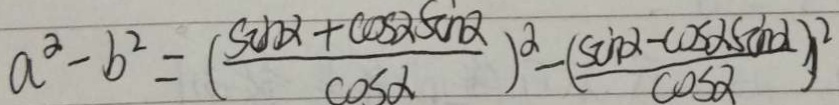
a ^ { 2 } - b ^ { 2 } = ( \frac { \sin \alpha + \cos \alpha \sin \alpha } { \cos \alpha } ) ^ { 2 } - ( \frac { \sin \alpha - \cos \alpha \sin \alpha ) } { \cos \alpha } ^ { 2 }